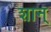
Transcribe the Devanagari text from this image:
शान्